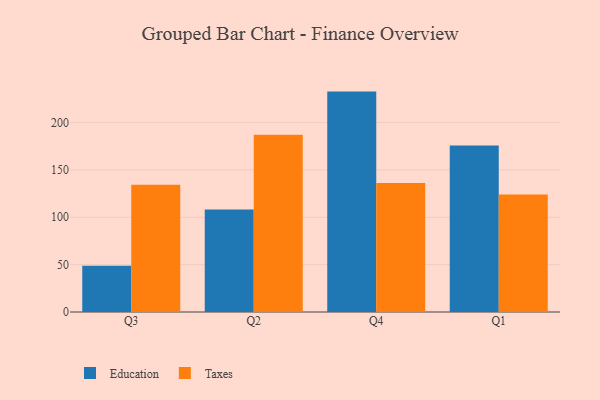
{"axis": {"x": "Quarter", "y": "Tickets Resolved"}, "legend": ["Education", "Taxes"], "data": [{"x": "Q3", "y": 48.7, "type": "Education"}, {"x": "Q3", "y": 134.4, "type": "Taxes"}, {"x": "Q2", "y": 108.2, "type": "Education"}, {"x": "Q2", "y": 187.2, "type": "Taxes"}, {"x": "Q4", "y": 232.7, "type": "Education"}, {"x": "Q4", "y": 136.2, "type": "Taxes"}, {"x": "Q1", "y": 175.8, "type": "Education"}, {"x": "Q1", "y": 124.0, "type": "Taxes"}]}